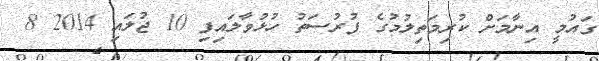
ގައުމީ އިނާމަށް ކުރިމަތިލުމުގެ ފުރުސަތު ހުޅުވާލައިފި 10 ޖުލައި 2014 8